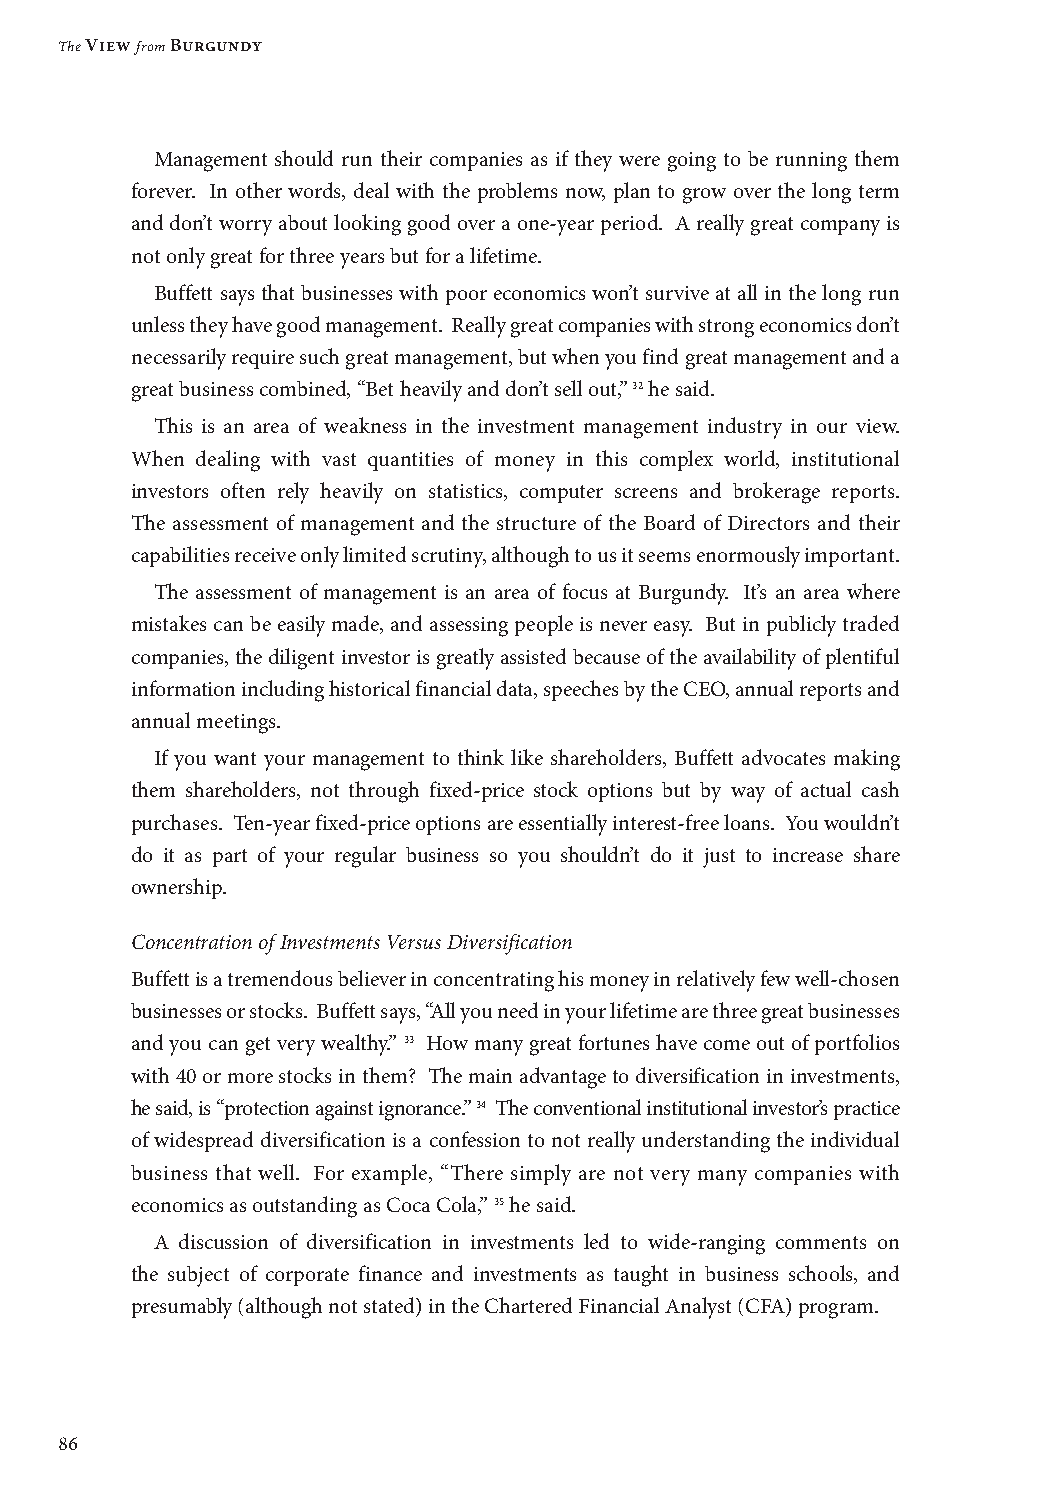
The View from Burgundy
 Management should run their companies as if they were going to be running them
 forever. In other words, deal with the problems now, plan to grow over the long term
 and don’t worry about looking good over a one-year period. A really great company is
 not only great for three years but for a lifetime.
 Buffett says that businesses with poor economics won’t survive at all in the long run
 unless they have good management. Really great companies with strong economics don’t
 necessarily require such great management, but when you find great management and a
 great business combined, “Bet heavily and don’t sell out,”32 he said.
 This is an area of weakness in the investment management industry in our view.
 When dealing with vast quantities of money in this complex world, institutional
 investors often rely heavily on statistics, computer screens and brokerage reports.
 The assessment of management and the structure of the Board of Directors and their
 capabilities receive only limited scrutiny, although to us it seems enormously important.
 The assessment of management is an area of focus at Burgundy. It’s an area where
 mistakes can be easily made, and assessing people is never easy. But in publicly traded
 companies, the diligent investor is greatly assisted because of the availability of plentiful
 information including historical financial data, speeches by the CEO, annual reports and
 annual meetings.
 If you want your management to think like shareholders, Buffett advocates making
 them shareholders, not through fixed-price stock options but by way of actual cash
 purchases. Ten-year fixed-price options are essentially interest-free loans. You wouldn’t
 do it as part of your regular business so you shouldn’t do it just to increase share
 ownership.
 Concentration of Investments Versus Diversification
 Buffett is a tremendous believer in concentrating his money in relatively few well-chosen
 businesses or stocks. Buffett says, “All you need in your lifetime are three great businesses
 and you can get very wealthy.” 33 How many great fortunes have come out of portfolios
 with 40 or more stocks in them? The main advantage to diversification in investments,
 he said, is “protection against ignorance.” 34 The conventional institutional investor’s practice
 of widespread diversification is a confession to not really understanding the individual
 business that well. For example, “There simply are not very many companies with
 economics as outstanding as Coca Cola,” 35 he said.
 A discussion of diversification in investments led to wide-ranging comments on
 the subject of corporate finance and investments as taught in business schools, and
 presumably (although not stated) in the Chartered Financial Analyst (CFA) program.
 86